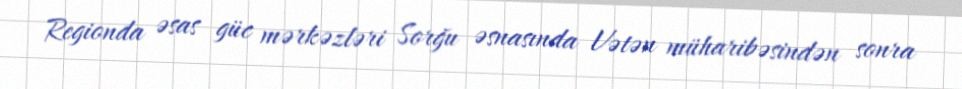
Regionda əsas güc mərkəzləri Sorğu əsnasında Vətən müharibəsindən sonra